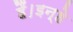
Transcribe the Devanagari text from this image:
हैं।इन्हे